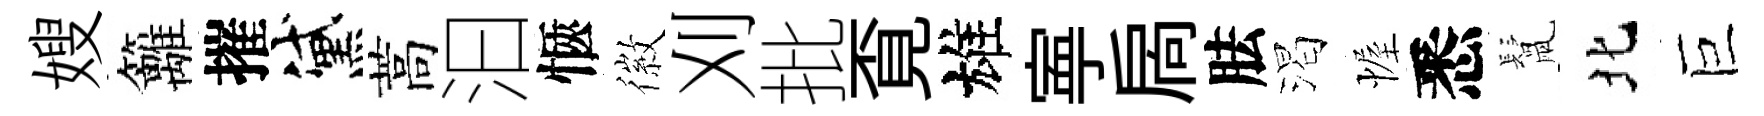
嫂籬摧黛蒿汩愜徽刈批覔雄寕扄胠渴幄悉鬛北巨